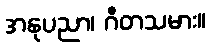
အနုပညာ၊ ဂီတသမား။